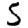
Digit: 5